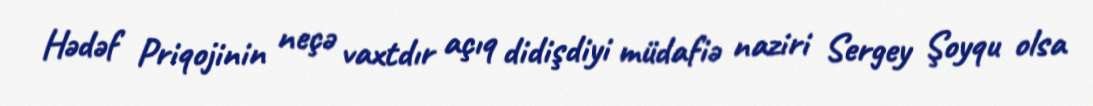
Hədəf Priqojinin neçə vaxtdır açıq didişdiyi müdafiə naziri Sergey Şoyqu olsa